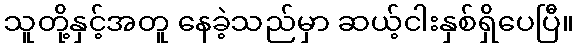
သူတို့နှင့်အတူ နေခဲ့သည်မှာ ဆယ့်ငါးနှစ်ရှိပေပြီ။